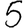
Digit: 5